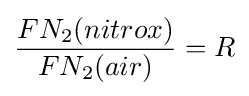
{\frac {FN_{2}(nitrox)}{FN_{2}(air)}}=R